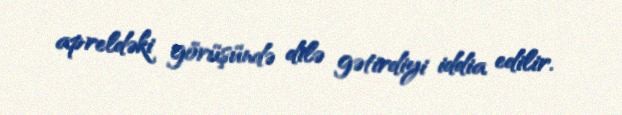
apreldəki görüşündə dilə gətirdiyi iddia edilir.